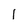
Character: 1